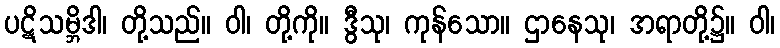
ပဋိသမ္ဘိဒါ၊ တို့သည်။ ဝါ၊ တို့ကို။ ဒွီသု၊ ကုန်သော။ ဌာနေသု၊ အရာတို့၌။ ဝါ၊